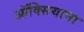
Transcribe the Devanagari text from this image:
ऑक्सियाना